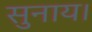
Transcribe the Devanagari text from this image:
सुनाय।